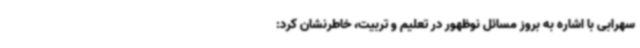
سهرابی با اشاره به بروز مسائل نوظهور در تعلیم و تربیت، خاطرنشان کرد: